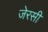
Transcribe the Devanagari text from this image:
जेरसी